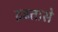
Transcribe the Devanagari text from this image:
द्रढतासे